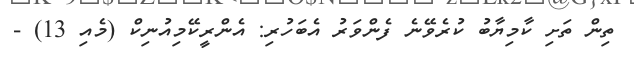
ތިން ތަށި ކާމިޔާބު ކުރެވޭނެ ފެންވަރު އެބަހުރި: އެންރީކޭމިއުނިކް (މެއި 13) -